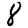
Digit: 8